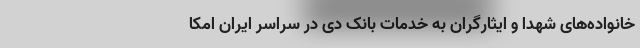
خانواده‌های شهدا و ایثارگران به خدمات بانک دی در سراسر ایران امکا